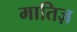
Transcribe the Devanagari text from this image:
मातिज़